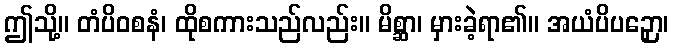
ဤသို့။ တံပိဝစနံ၊ ထိုစကားသည်လည်း။ မိစ္ဆာ၊ မှားခဲ့ရာ၏။ အယံပိပဉှော၊